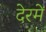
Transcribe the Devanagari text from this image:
देरमें